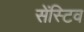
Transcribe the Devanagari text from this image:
सेंस्टिव